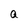
Character: a